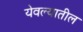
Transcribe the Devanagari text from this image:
येवल्यातील